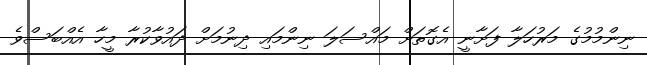
ނިންމުމުގެ މަރުހަލާ ފަށާނީ އެގޮތަށް މައްސަލަ ނިންމައި ދިނުމަށް ދައުވާކުރާ މީހާ އެއްބަސްވެ